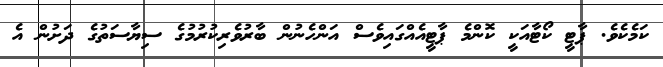
ކަމެކެވެ. ޕާޓީ ކޯޓާއަކީ ކޮންމެ ޕާޓީއެއްގައިވެސް އަންހެނުން ބާރުވެރިކުރުމުގެ ސިޔާސަތުގެ ދަށުން އެ